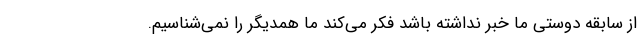
از سابقه دوستی ما خبر نداشته باشد فکر می‌کند ما همدیگر را نمی‌شناسیم.